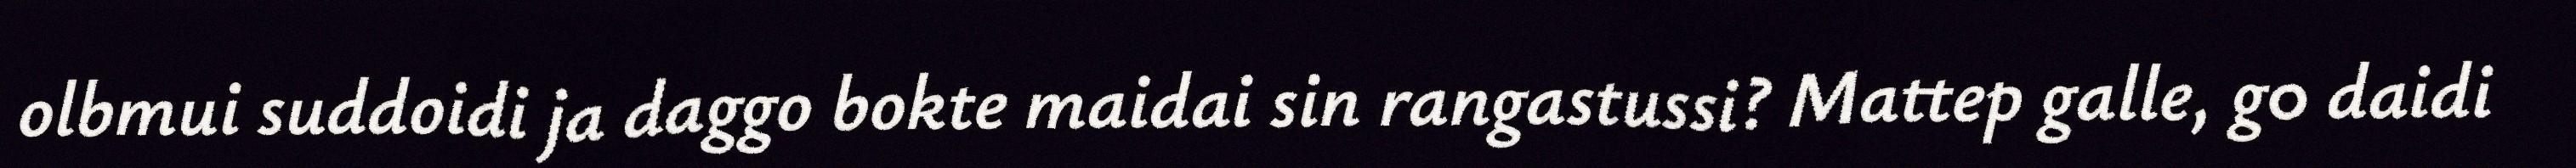
olbmui suddoidi ja daggo bokte maidai sin rangastussi? Mattep galle, g0 daidi